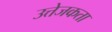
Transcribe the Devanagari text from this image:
उत्तेजकता